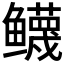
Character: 𱈙